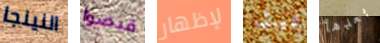
النينجا قبضوا لإظهار فيت بعدها